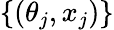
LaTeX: \{ (\theta_{j},x_{j})\}